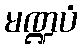
မဏ္ဍပံ